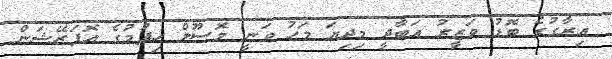
އިރާގުގެ ބޮޑު ވަޒީރު އަބާދީ މިދިޔަ މަހު ވަނީ މޮސޫލް ހިފުމުގެ އޮޕަރޭޝަން